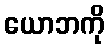
ယောဘကို